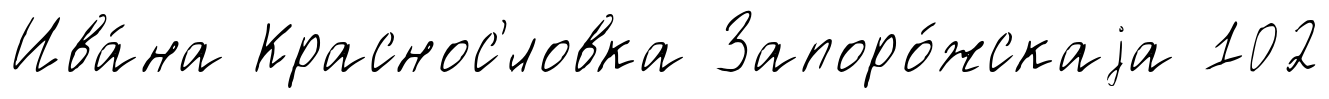
Ива́на Краснос'́ловка Запоро́жскаjа 102